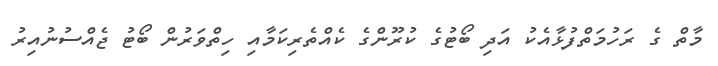
މާތް ގެ ރަހުމަތްފުޅާއެކު އަދި ބޯޓުގެ ކުރޫންގެ ކެއްތެރިކަމާއި ހިތްވަރުން ބޯޓު ޖެއްސުނުއިރު